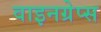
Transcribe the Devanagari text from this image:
वाइनग्रेप्स